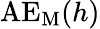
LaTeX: \mathrm{AE_{M}}(h)